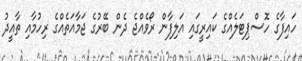
ހައިފާގެ ހޮސްޕިޓަލެއްގެ ކައިރީގައި އަލިފާން ރޯވެއްޖެ ދެން ބޭރުގެ ޖަމާއަތެއްގެ ރިހުމާއި ތާއީދު